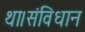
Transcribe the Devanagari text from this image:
था।संविधान